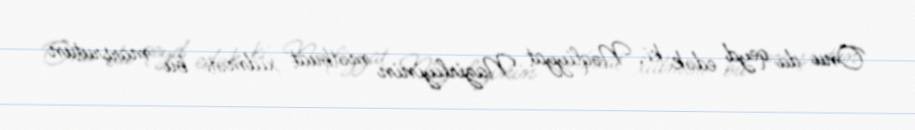
Onu da qeyd edək ki, Nəqliyyat Nazirliyinin mətbuat xidməti bu marşrutun